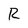
Character: R